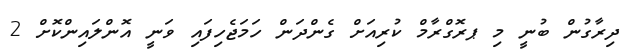
ދިރާގުން ބުނީ މި ޕރޮގްރާމް ކުރިއަށް ގެންދަން ހަމަޖެހިފައި ވަނީ އޮންލައިންކޮށް 2